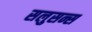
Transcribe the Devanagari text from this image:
सलुसन्स